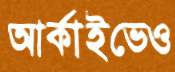
আর্কাইভেও